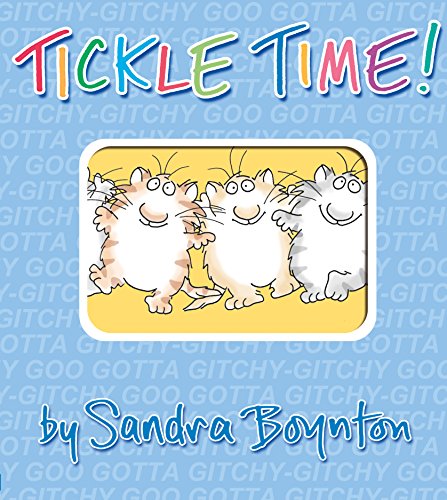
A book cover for Tickle Time!: A Boynton on Board Board Book; Sandra Boynton; Children's Books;